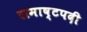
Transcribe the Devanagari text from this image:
रामाष्टपदी